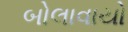
બોલાવાયો